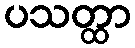
ပသတ္ထာ